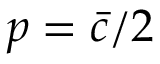
p = \bar { c } / 2